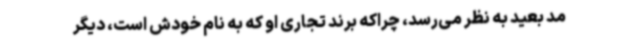
مد بعید به نظر می‌رسد، چراکه برند تجاری او که به نام خودش است، دیگر